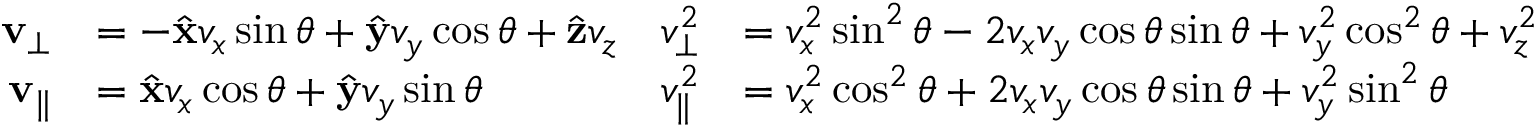
\begin{array} { r l r l } { \mathbf { v } _ { \perp } } & { = - \hat { \mathbf { x } } v _ { x } \sin \theta + \hat { \mathbf { y } } v _ { y } \cos \theta + \hat { \mathbf { z } } v _ { z } } & { v _ { \perp } ^ { 2 } } & { = v _ { x } ^ { 2 } \sin ^ { 2 } \theta - 2 v _ { x } v _ { y } \cos \theta \sin \theta + v _ { y } ^ { 2 } \cos ^ { 2 } \theta + v _ { z } ^ { 2 } } \\ { \mathbf { v } _ { \| } } & { = \hat { \mathbf { x } } v _ { x } \cos \theta + \hat { \mathbf { y } } v _ { y } \sin \theta } & { v _ { \| } ^ { 2 } } & { = v _ { x } ^ { 2 } \cos ^ { 2 } \theta + 2 v _ { x } v _ { y } \cos \theta \sin \theta + v _ { y } ^ { 2 } \sin ^ { 2 } \theta } \end{array}